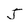
Character: J